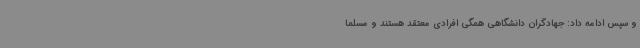
و سپس ادامه داد: جهادگران دانشگاهی همگی افرادی معتقد هستند و مسلماً